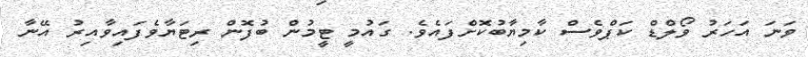
ވަނަ އަހަރު ވޯލްޑް ކަޕްވެސް ކާމިޔާބުކޮށްފައެވެ. ގައުމީ ޓީމުން ބުފޮން ރިޓަޔާވެފައިވާއިރު އޭނާ